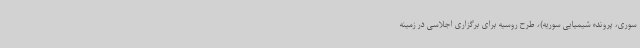
سوری، پرونده شیمیایی سوریه)، طرح روسیه برای برگزاری اجلاسی در زمینه